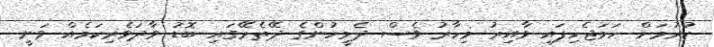
ކުރުމަށް ހަމަޖެހިފައި ވާއިރު މިހާރު ވެސް ދެމީހުންގެ ދޭތެރޭގައި ބޮޑު ވާދަވެރިކަމެއް ވަނީ